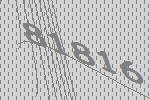
81816